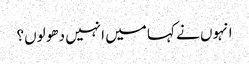
انہوں نے کہا میں انہیں دھو لوں؟